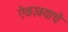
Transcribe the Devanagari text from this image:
ऐकावयाचे